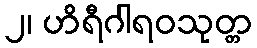
၂၊ ဟိရီဂါရဝသုတ္တ